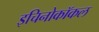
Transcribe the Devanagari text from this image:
इचिनोकॉकल